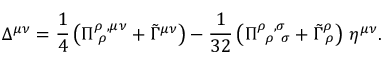
\Delta ^ { \mu \nu } = \frac 1 4 \left( \Pi _ { \; \rho } ^ { \rho \; , \mu \nu } + \tilde { \Gamma } ^ { \mu \nu } \right) - { \frac 1 { 3 2 } } \left( \Pi _ { \; \; \rho \; \; \sigma } ^ { \rho \; \; , \sigma } + \tilde { \Gamma } _ { \; \rho } ^ { \rho } \right) \, \eta ^ { \mu \nu } .